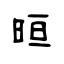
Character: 晅